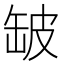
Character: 𮉲